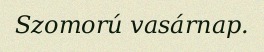
Szomorú vasárnap.